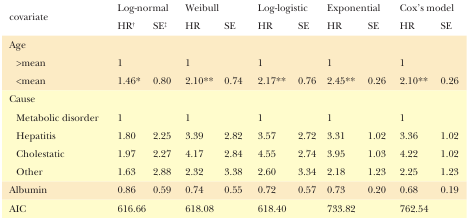
<table><thead><tr><td rowspan="2"><b>covariate</b></td><td colspan="2"><b>Log-normal</b></td><td colspan="2"><b>Weibull</b></td><td colspan="2"><b>Log-logistic</b></td><td colspan="2"><b>Exponential</b></td><td colspan="2"><b>Cox’s model</b></td></tr><tr><td><b>HR<sup>†</sup></b></td><td><b>SE<sup>‡</sup></b></td><td><b>HR</b></td><td><b>SE</b></td><td><b>HR</b></td><td><b>SE</b></td><td><b>HR</b></td><td><b>SE</b></td><td><b>HR</b></td><td><b>SE</b></td></tr></thead><tbody><tr><td>Age</td><td colspan="10"></td></tr><tr><td>&gt;mean</td><td>1</td><td></td><td>1</td><td></td><td>1</td><td></td><td>1</td><td></td><td>1</td><td></td></tr><tr><td>&lt;mean</td><td>1.46*</td><td>0.80</td><td>2.10**</td><td>0.74</td><td>2.17**</td><td>0.76</td><td>2.45**</td><td>0.26</td><td>2.10**</td><td>0.26</td></tr><tr><td>Cause</td><td colspan="10"></td></tr><tr><td>Metabolic disorder</td><td>1</td><td></td><td>1</td><td></td><td>1</td><td></td><td>1</td><td></td><td>1</td><td></td></tr><tr><td>Hepatitis</td><td>1.80</td><td>2.25</td><td>3.39</td><td>2.82</td><td>3.57</td><td>2.72</td><td>3.31</td><td>1.02</td><td>3.36</td><td>1.02</td></tr><tr><td>Cholestatic</td><td>1.97</td><td>2.27</td><td>4.17</td><td>2.84</td><td>4.55</td><td>2.74</td><td>3.95</td><td>1.03</td><td>4.22</td><td>1.02</td></tr><tr><td>Other</td><td>1.63</td><td>2.88</td><td>2.32</td><td>3.38</td><td>2.60</td><td>3.34</td><td>2.18</td><td>1.23</td><td>2.25</td><td>1.23</td></tr><tr><td>Albumin</td><td>0.86</td><td>0.59</td><td>0.74</td><td>0.55</td><td>0.72</td><td>0.57</td><td>0.73</td><td>0.20</td><td>0.68</td><td>0.19</td></tr><tr><td>AIC</td><td colspan="2">616.66</td><td colspan="2">618.08</td><td colspan="2">618.40</td><td colspan="2">733.82</td><td colspan="2">762.54</td></tr></tbody></table>